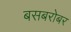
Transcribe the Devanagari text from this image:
बसबरोबर